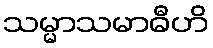
သမ္မာသမာဓီဟိ